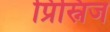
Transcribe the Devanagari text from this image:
प्रिस्निज